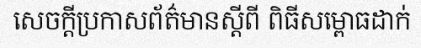
សេចក្តីប្រកាសព័ត៌មានស្តីពី ពិធីសម្ពោធដាក់